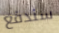
سندفع